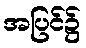
အပြင်၌